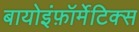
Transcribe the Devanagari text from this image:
बायोइंफ़ॉर्मेटिक्स